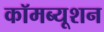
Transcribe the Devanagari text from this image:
कॉमब्यूशन